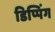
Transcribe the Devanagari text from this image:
डिप्पिंग